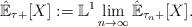
LaTeX: \begin{align*}\hat{\mathbb{E}}_{\tau+}[X]:=\mathbb{L}^1\lim_{n\rightarrow \infty}\hat{\mathbb{E}}_{\tau_n+}[X].\end{align*}